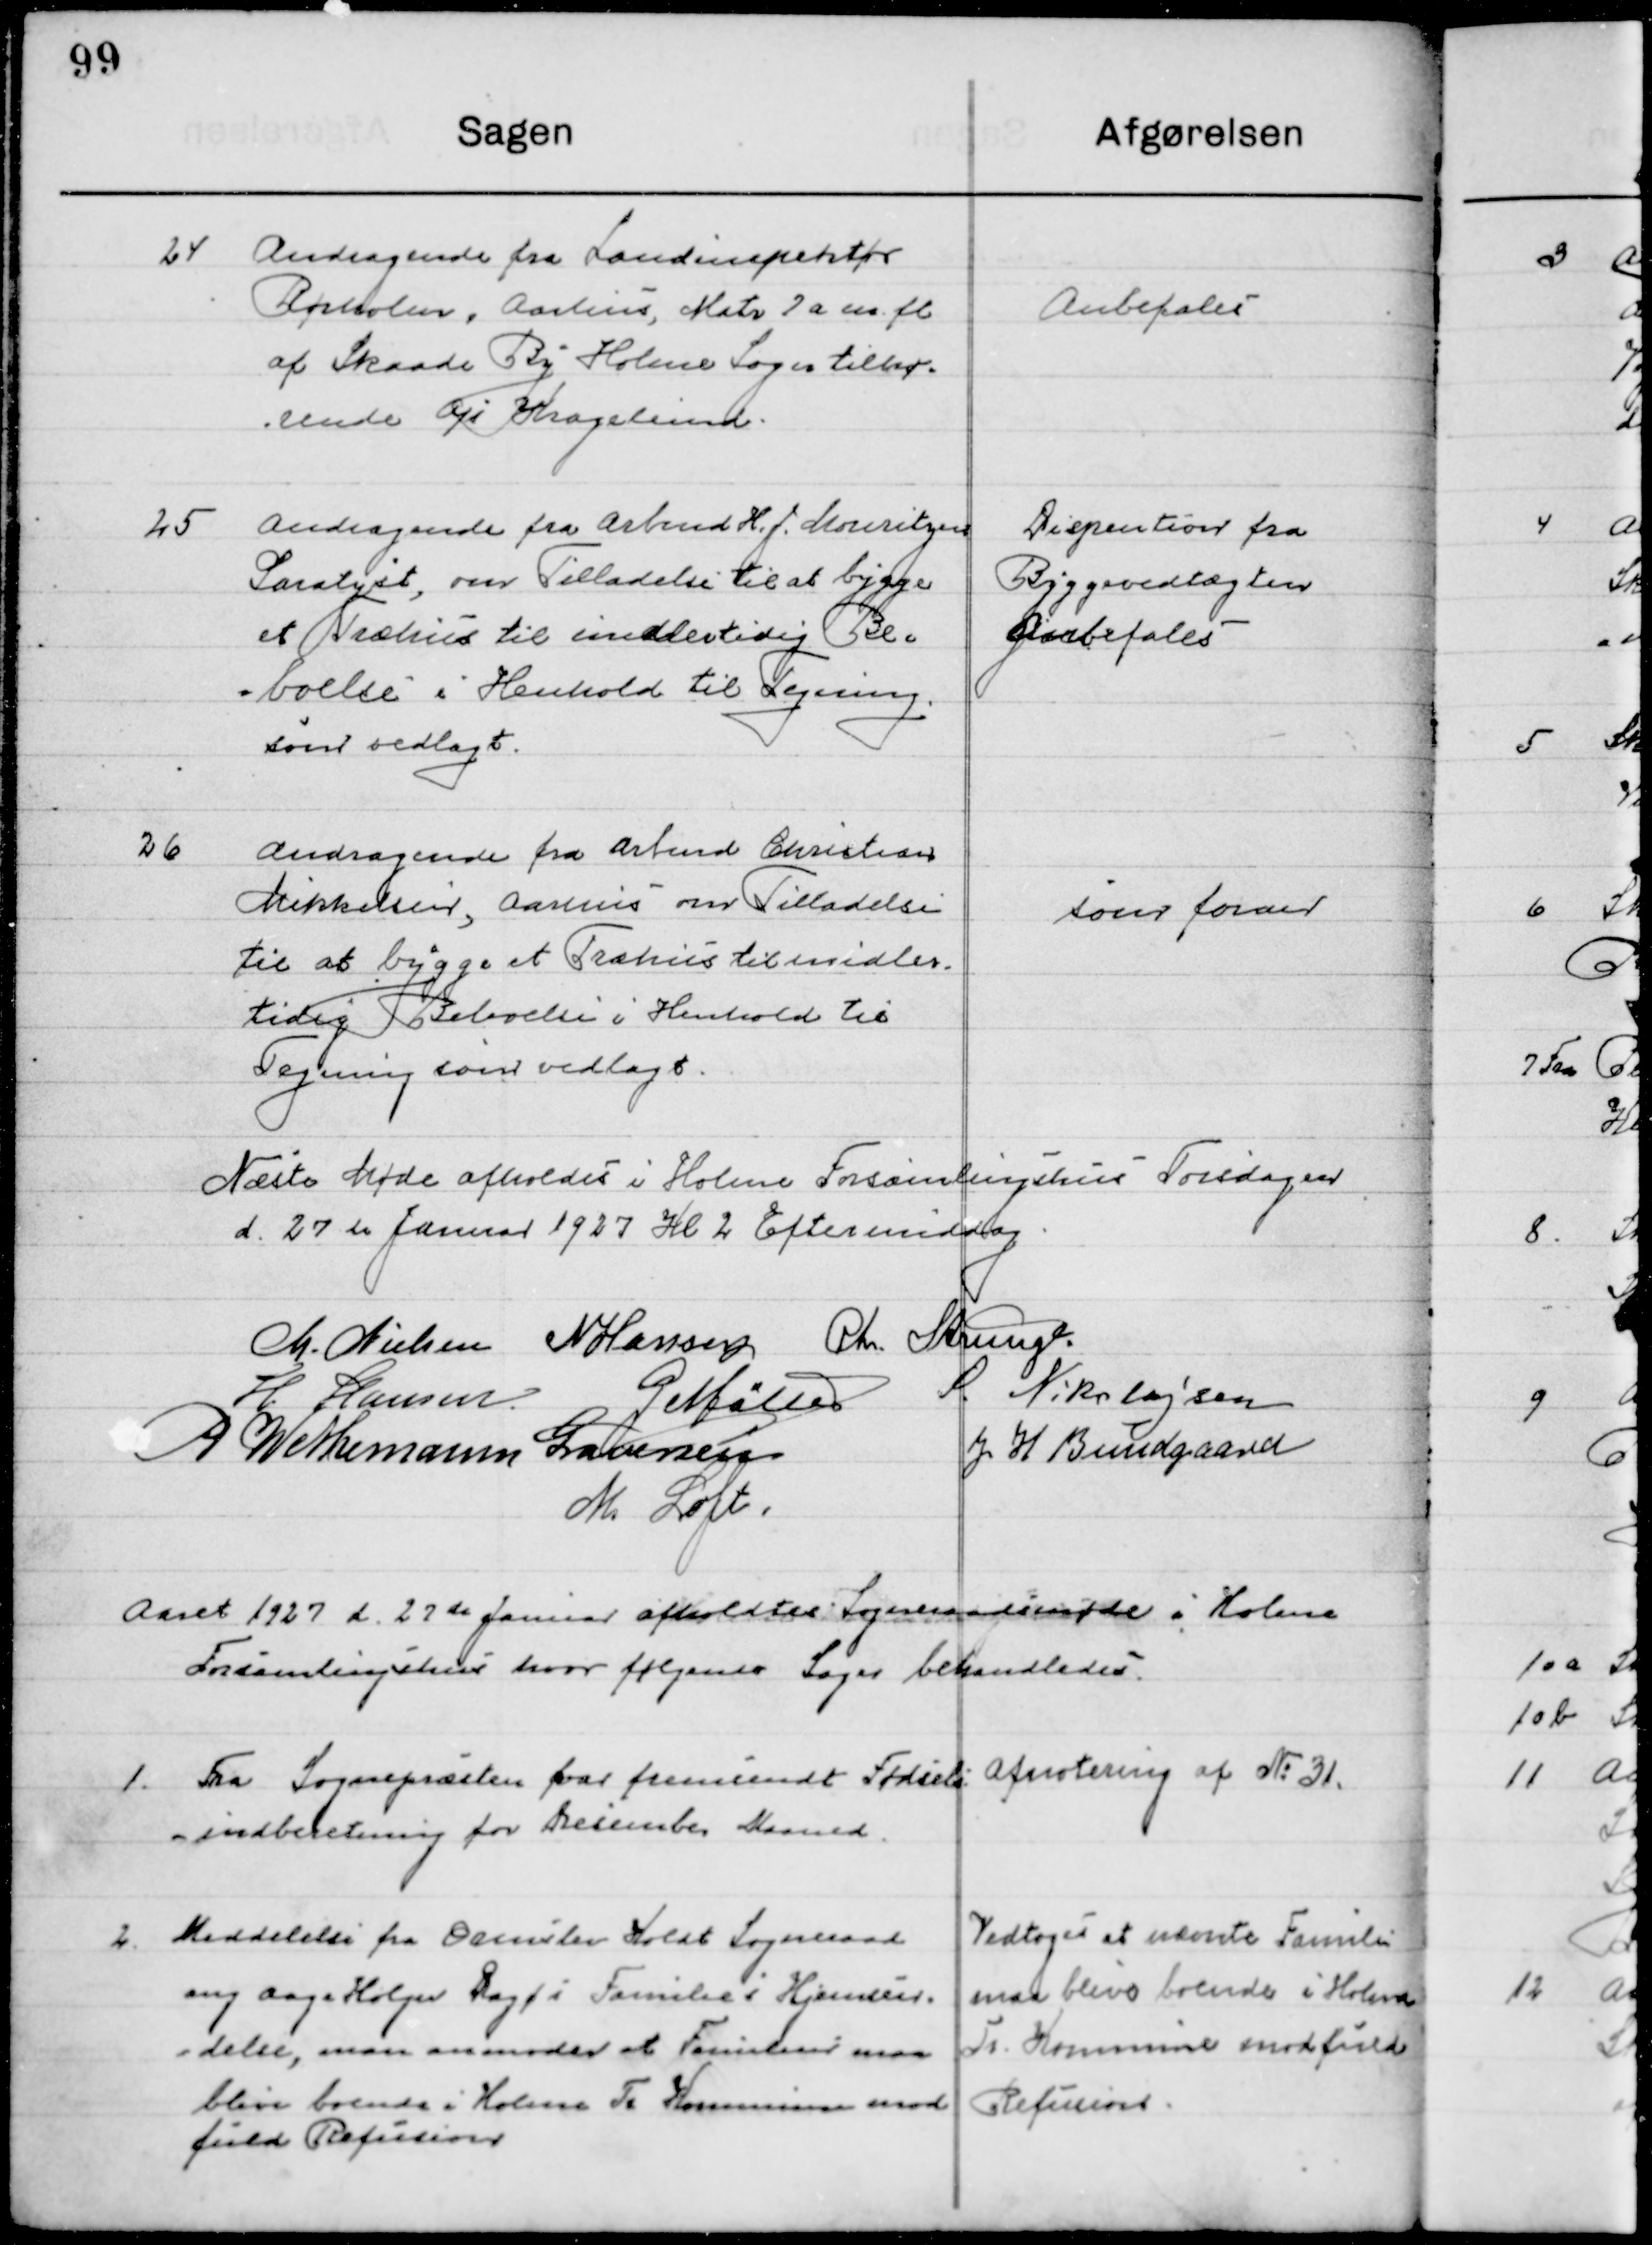
Transskription:
24

Andragende fra Landinspektør
Rørholm, Aarhus, Matr 7 a m. fl. 
af Skaade By Holme Sogn tilhø-
rende Ajs Kraglund.

Anbefales

25

Andragende fra Arbmd. H. J. Mouritsen
Saralyst, om Tilladelse til at bygge
et Træhus til midlertidig Be-
boelse i Henhold til Tegning 
som vedlagt.

Dispention fra
Byggevedtægten
Anbefales

26

Andragende fra Arbmd. Christian
Mikkelsen, Aarhus om Tilladelse 
til at bygge et Træhus til midler-
tidig Beboelse i Henhold til 
Tegning som vedlægges.

som foran

Næste Møde afholdes i Holme Forsamlingshus Torsdagen 
d. 27de Januar 1927 Kl. 2 Eftermiddag.

M. Nielsen
N. Hansen
Chr. Strunge
H. Hansen
G. Møller
S. Nikolajsen
G. W. Neumann Graversen
J. H. Bundgaard
M. Loft

Aaret 1927 d. 27de Januar afholdt Sogneraadsmøde i Holme  
Forsamlingshus hvor følgende Sager behandledes.

1

Fra Sognepræsten var fremsendt fødsels-
indberetning for December Maaned

Afnotering af No. 31

2

Meddelelse fra Ormslev Koldt Sogneraad
ang. Aage Holger Dagø i Familie i Hjemsen-
delse, man anmoder at Familien maa
blive boende i Holme Tr. Kommune mod
fuld Refusion.

Vedtoges at nævnte Familie
Maa blive boende i Holme 
Tr. Kommune mod fuld 
Refusion.